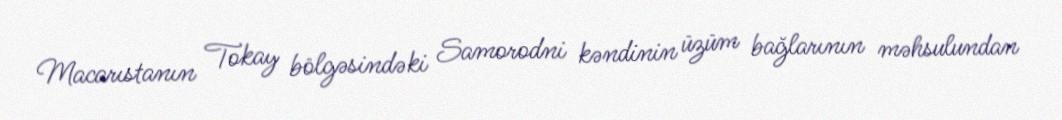
Macarıstanın Tokay bölgəsindəki Samorodni kəndinin üzüm bağlarının məhsulundan